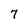
Character: 7